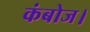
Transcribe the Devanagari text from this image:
कंबोज।